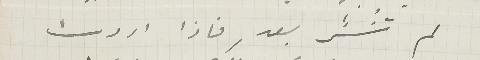
لم تنشر بعد فاذا اردت